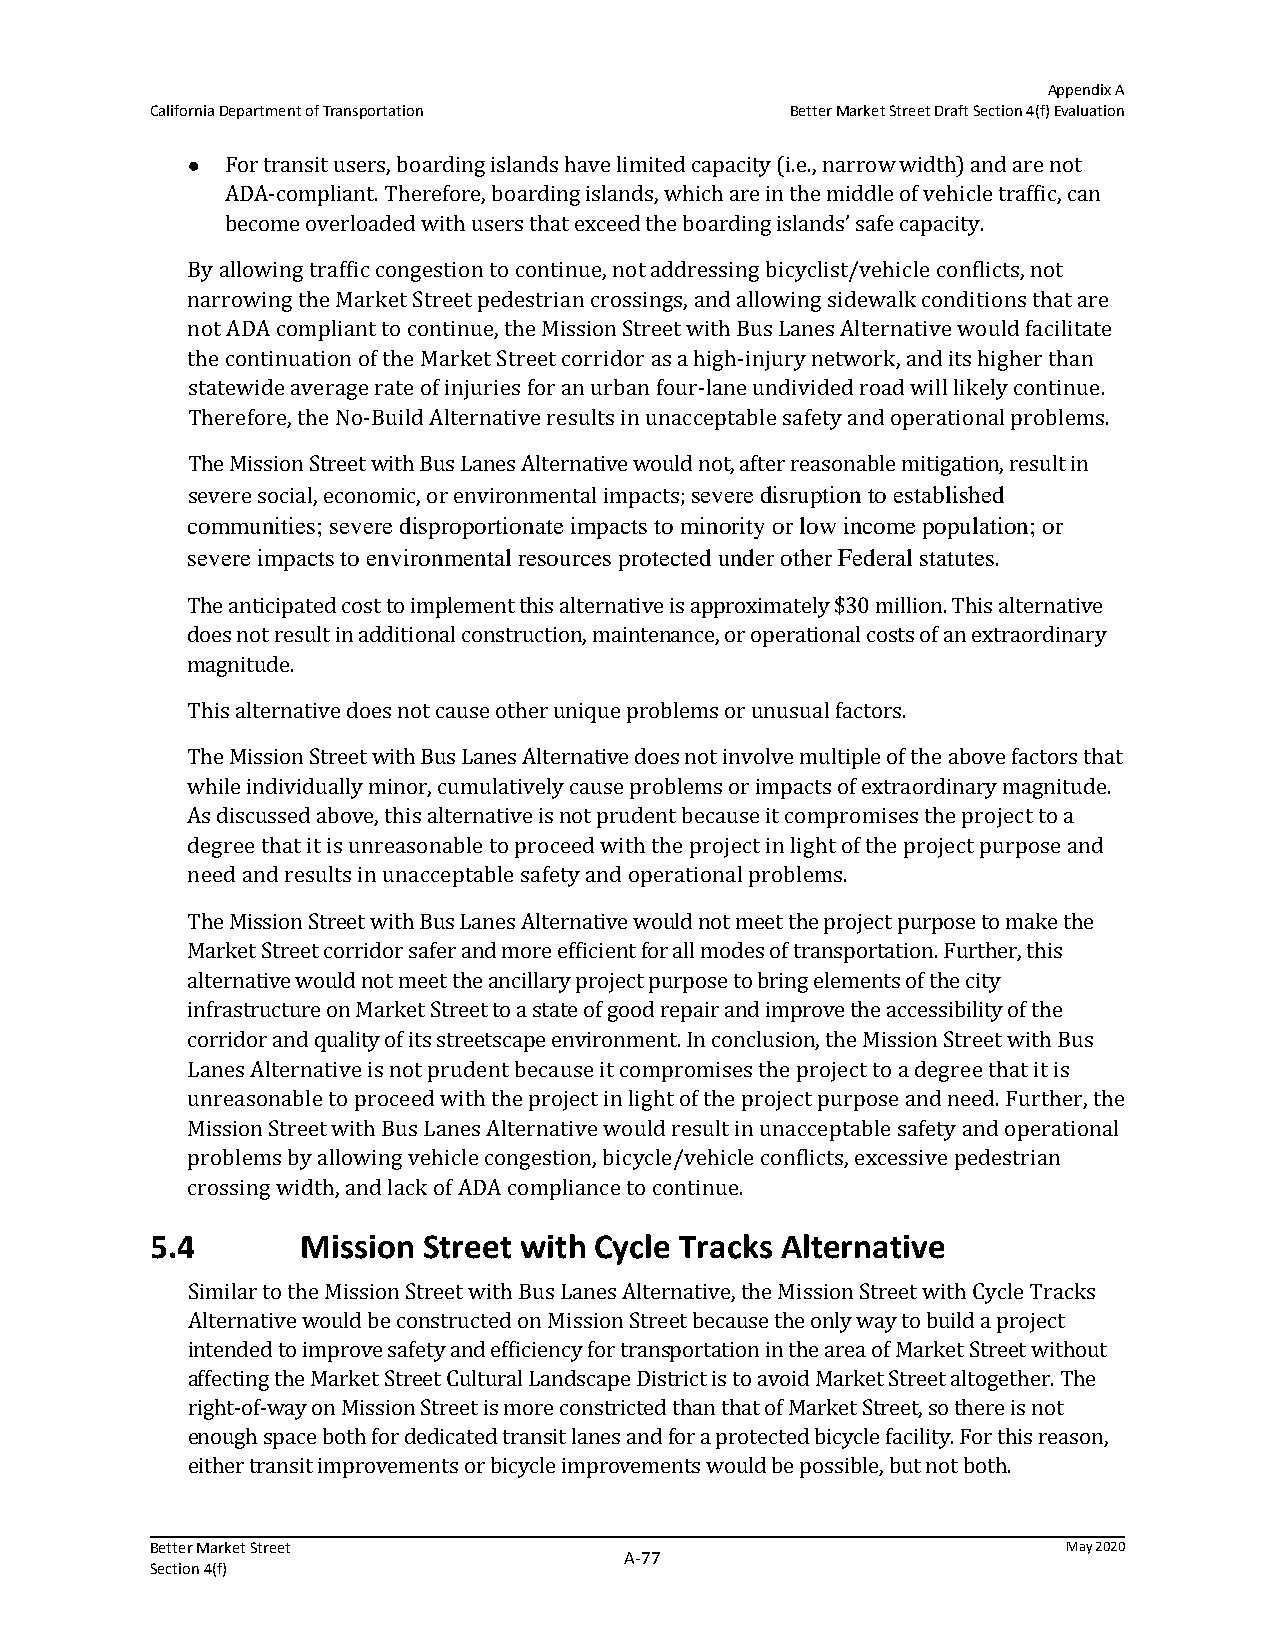
Appendix A
 California Department of Transportation   Better Market Street Draft Section 4(f) Evaluation
   For transit users, boarding islands have limited capacity (i.e., narrow width) and are not
 ADA-compliant. Therefore, boarding islands, which are in the middle of vehicle traffic, can
 become overloaded with users that exceed the boarding islands’ safe capacity.
 By allowing traffic congestion to continue, not addressing bicyclist/vehicle conflicts, not
 narrowing the Market Street pedestrian crossings, and allowing sidewalk conditions that are
 not ADA compliant to continue, the Mission Street with Bus Lanes Alternative would facilitate
 the continuation of the Market Street corridor as a high-injury network, and its higher than
 statewide average rate of injuries for an urban four-lane undivided road will likely continue.
 Therefore, the No-Build Alternative results in unacceptable safety and operational problems.
 The Mission Street with Bus Lanes Alternative would not, after reasonable mitigation, result in
 severe social, economic, or environmental impacts; severe disruption to established
 communities; severe disproportionate impacts to minority or low income population; or
 severe impacts to environmental resources protected under other Federal statutes.
 The anticipated cost to implement this alternative is approximately $30 million. This alternative
 does not result in additional construction, maintenance, or operational costs of an extraordinary
 magnitude.
 This alternative does not cause other unique problems or unusual factors.
 The Mission Street with Bus Lanes Alternative does not involve multiple of the above factors that
 while individually minor, cumulatively cause problems or impacts of extraordinary magnitude.
 As discussed above, this alternative is not prudent because it compromises the project to a
 degree that it is unreasonable to proceed with the project in light of the project purpose and
 need and results in unacceptable safety and operational problems.
 The Mission Street with Bus Lanes Alternative would not meet the project purpose to make the
 Market Street corridor safer and more efficient for all modes of transportation. Further, this
 alternative would not meet the ancillary project purpose to bring elements of the city
 infrastructure on Market Street to a state of good repair and improve the accessibility of the
 corridor and quality of its streetscape environment. In conclusion, the Mission Street with Bus
 Lanes Alternative is not prudent because it compromises the project to a degree that it is
 unreasonable to proceed with the project in light of the project purpose and need. Further, the
 Mission Street with Bus Lanes Alternative would result in unacceptable safety and operational
 problems by allowing vehicle congestion, bicycle/vehicle conflicts, excessive pedestrian
 crossing width, and lack of ADA compliance to continue.
 5.4       Mission Street with Cycle Tracks Alternative
 Similar to the Mission Street with Bus Lanes Alternative, the Mission Street with Cycle Tracks
 Alternative would be constructed on Mission Street because the only way to build a project
 intended to improve safety and efficiency for transportation in the area of Market Street without
 affecting the Market Street Cultural Landscape District is to avoid Market Street altogether. The
 right-of-way on Mission Street is more constricted than that of Market Street, so there is not
 enough space both for dedicated transit lanes and for a protected bicycle facility. For this reason,
 either transit improvements or bicycle improvements would be possible, but not both.
 Better Market Street                                         May 2020
 A‐77
 Section 4(f)